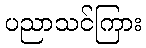
ပညာသင်ကြား